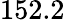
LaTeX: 152.2